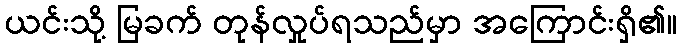
ယင်းသို့ မြခက် တုန်လှုပ်ရသည်မှာ အကြောင်းရှိ၏။